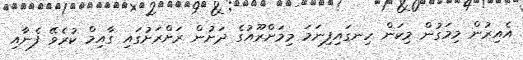
އެއިރުން މިމަގުން މިކަން ހިނގައިފިނަމަ މިމަށްރޫއުގެ ދަށުން ރަށްރަށުގައި ގާއިމް ކުރެވޭ ފެނާއި